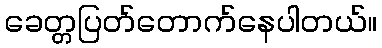
ခေတ္တပြတ်တောက်နေပါတယ်။